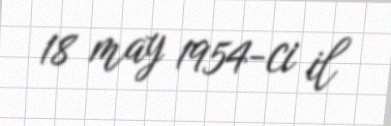
18 may 1954-ci il